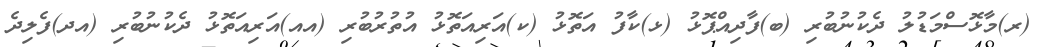
(ރ)މާޅޮސްމަޑުލު ދެކުނުބުރި (ބ)ފާދިއްޕޮޅު (ޅ)ކާފު އަތޮޅު (ކ)އަރިއަތޮޅު އުތުރުބުރި (އއ)އަރިއަތޮޅު ދެކުނުބުރި (އދ)ފެލިދެ